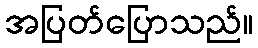
အပြတ်ပြောသည်။